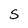
Character: S